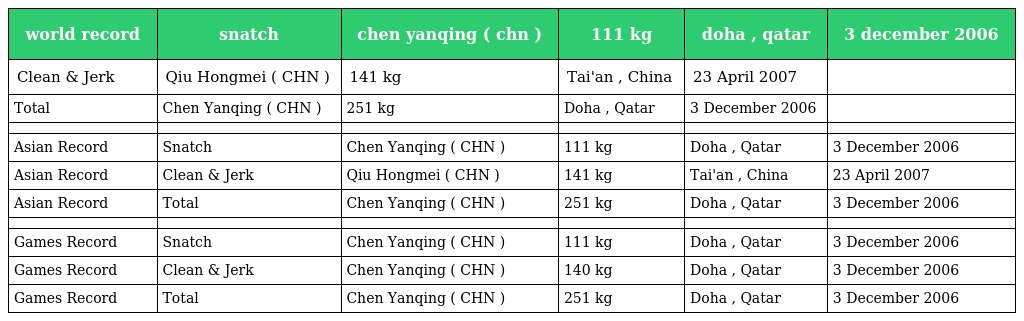
| world record | snatch | chen yanqing ( chn ) | 111 kg | doha , qatar | 3 december 2006 |
 | --- | --- | --- | --- | --- | --- |
 | Clean & Jerk | Qiu Hongmei ( CHN ) | 141 kg | Tai'an , China | 23 April 2007 |  |
 | Total | Chen Yanqing ( CHN ) | 251 kg | Doha , Qatar | 3 December 2006 |  |
 |  |  |  |  |  |  |
 | Asian Record | Snatch | Chen Yanqing ( CHN ) | 111 kg | Doha , Qatar | 3 December 2006 |
 | Asian Record | Clean & Jerk | Qiu Hongmei ( CHN ) | 141 kg | Tai'an , China | 23 April 2007 |
 | Asian Record | Total | Chen Yanqing ( CHN ) | 251 kg | Doha , Qatar | 3 December 2006 |
 |  |  |  |  |  |  |
 | Games Record | Snatch | Chen Yanqing ( CHN ) | 111 kg | Doha , Qatar | 3 December 2006 |
 | Games Record | Clean & Jerk | Chen Yanqing ( CHN ) | 140 kg | Doha , Qatar | 3 December 2006 |
 | Games Record | Total | Chen Yanqing ( CHN ) | 251 kg | Doha , Qatar | 3 December 2006 |